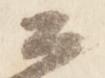
公